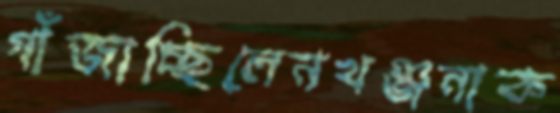
গাঁজাচ্ছিলেনখঞ্জনাক